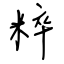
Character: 粹